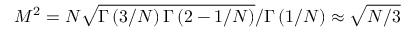
M ^ { 2 } = N \sqrt { \Gamma \left( 3 / N \right) \Gamma \left( 2 - 1 / N \right) } / \Gamma \left( 1 / N \right) \approx \sqrt { N / 3 }